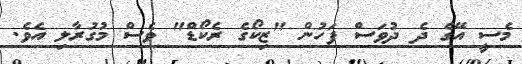
މެސީ އޭގެ ދެ ދުވަސް ފަހުން "ޒިކޯގެ ރެކޯޑް" ވެސް މުގުރާލި އެވެ.